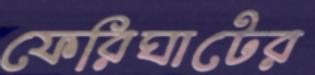
ফেরিঘাটের